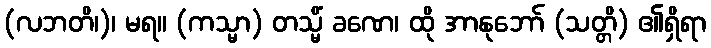
(လဘတိ၊)၊ မရ။ (ကသ္မာ) တသ္မိံ ခဏေ၊ ထို အာနုဘော် (သတ္တိ) ၏ရှိရာ